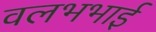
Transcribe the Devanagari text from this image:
वलभभाई